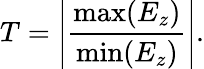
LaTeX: T=\left|\frac{\operatorname*{max}(E_{z})}{\operatorname*{min}(E_{z})}\right|.